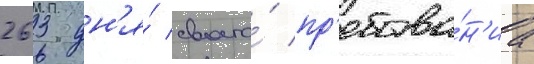
263 дн'я́ своего́ пр'ебыва́н'иа